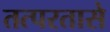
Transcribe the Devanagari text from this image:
तत्परतासे